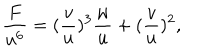
\frac { F } { u ^ { 6 } } = ( \frac { v } { u } ) ^ { 3 } \frac { w } { u } + ( \frac { v } { u } ) ^ { 2 } ,